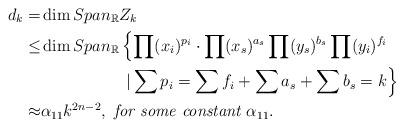
LaTeX: \begin{align*}d_k=&\dim Span_{\mathbb{R}}Z_{k}\\\leq &\dim Span_{\mathbb{R}}\left\{\prod\limits ({x_i })^{p_{i}}\cdot\prod(x_s)^{a_s}\prod(y_s)^{b_s}\prod(y_{i})^{f_{i}} \right.\\&\quad\quad\quad\quad\quad\left. |\sum p_{i}=\sum f_{i}+\sum a_s+\sum b_s=k \right\}\\\approx & \alpha_{11} k^{2n-2}, \emph{~for some constant }\alpha_{11}.\end{align*}